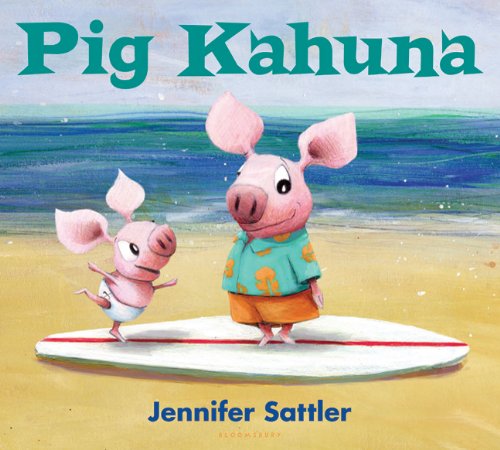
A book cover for Pig Kahuna; Jennifer Sattler; Children's Books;